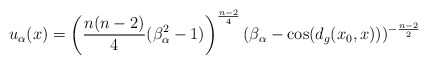
\begin{align*} u_\alpha(x)= \left(\frac{n(n-2)}{4}(\beta_\alpha^2-1) \right)^{\frac{n-2}{4}}(\beta_\alpha-\cos(d_g(x_0,x)))^{-\frac{n-2}{2}} \end{align*}